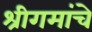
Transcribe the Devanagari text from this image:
श्रीगमांचे